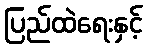
ပြည်ထဲရေးနှင့်